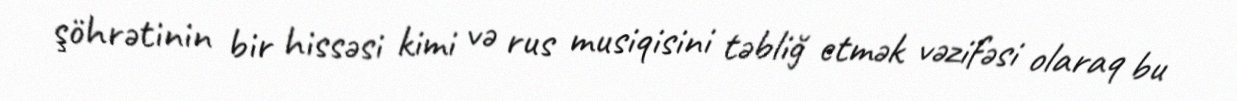
şöhrətinin bir hissəsi kimi və rus musiqisini təbliğ etmək vəzifəsi olaraq bu